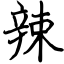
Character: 辣